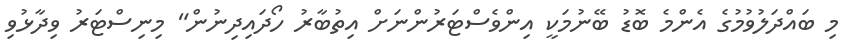
މި ބައްދަލުވުމުގެ އެންމެ ބޮޑު ބޭނުމަކީ އިންވެސްޓަރުންނަށް އިތުބާރު ހޯދައިދިނުން" މިނިސްޓަރު ވިދާޅުވި